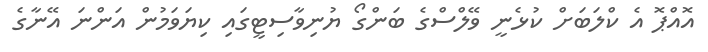
އޮއްޕޮ އެ ކްލަބަށް ކުޅެނީ ވޭލްސްގެ ބަންގޯ ޔުނިވާސިޓީގައި ކިޔަވަމުން އަންނަ އޭނާގެ